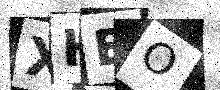
Text: XHEO